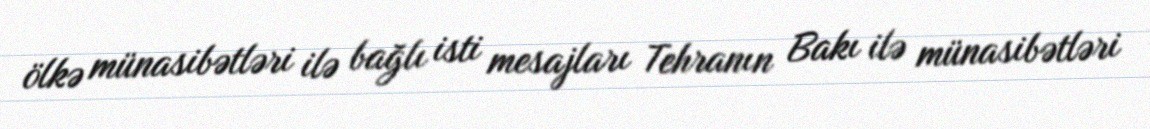
ölkə münasibətləri ilə bağlı isti mesajları Tehranın Bakı ilə münasibətləri